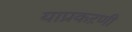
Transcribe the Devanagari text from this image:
याप्रकऱणी